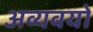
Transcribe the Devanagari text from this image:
अव्यवयों